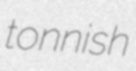
tonnish